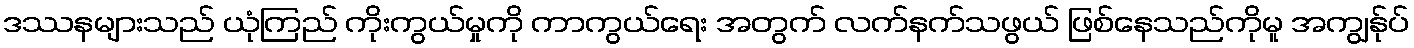
ဒဿနများသည် ယုံကြည် ကိုးကွယ်မှုကို ကာကွယ်ရေး အတွက် လက်နက်သဖွယ် ဖြစ်နေသည်ကိုမူ အကျွန်ုပ်